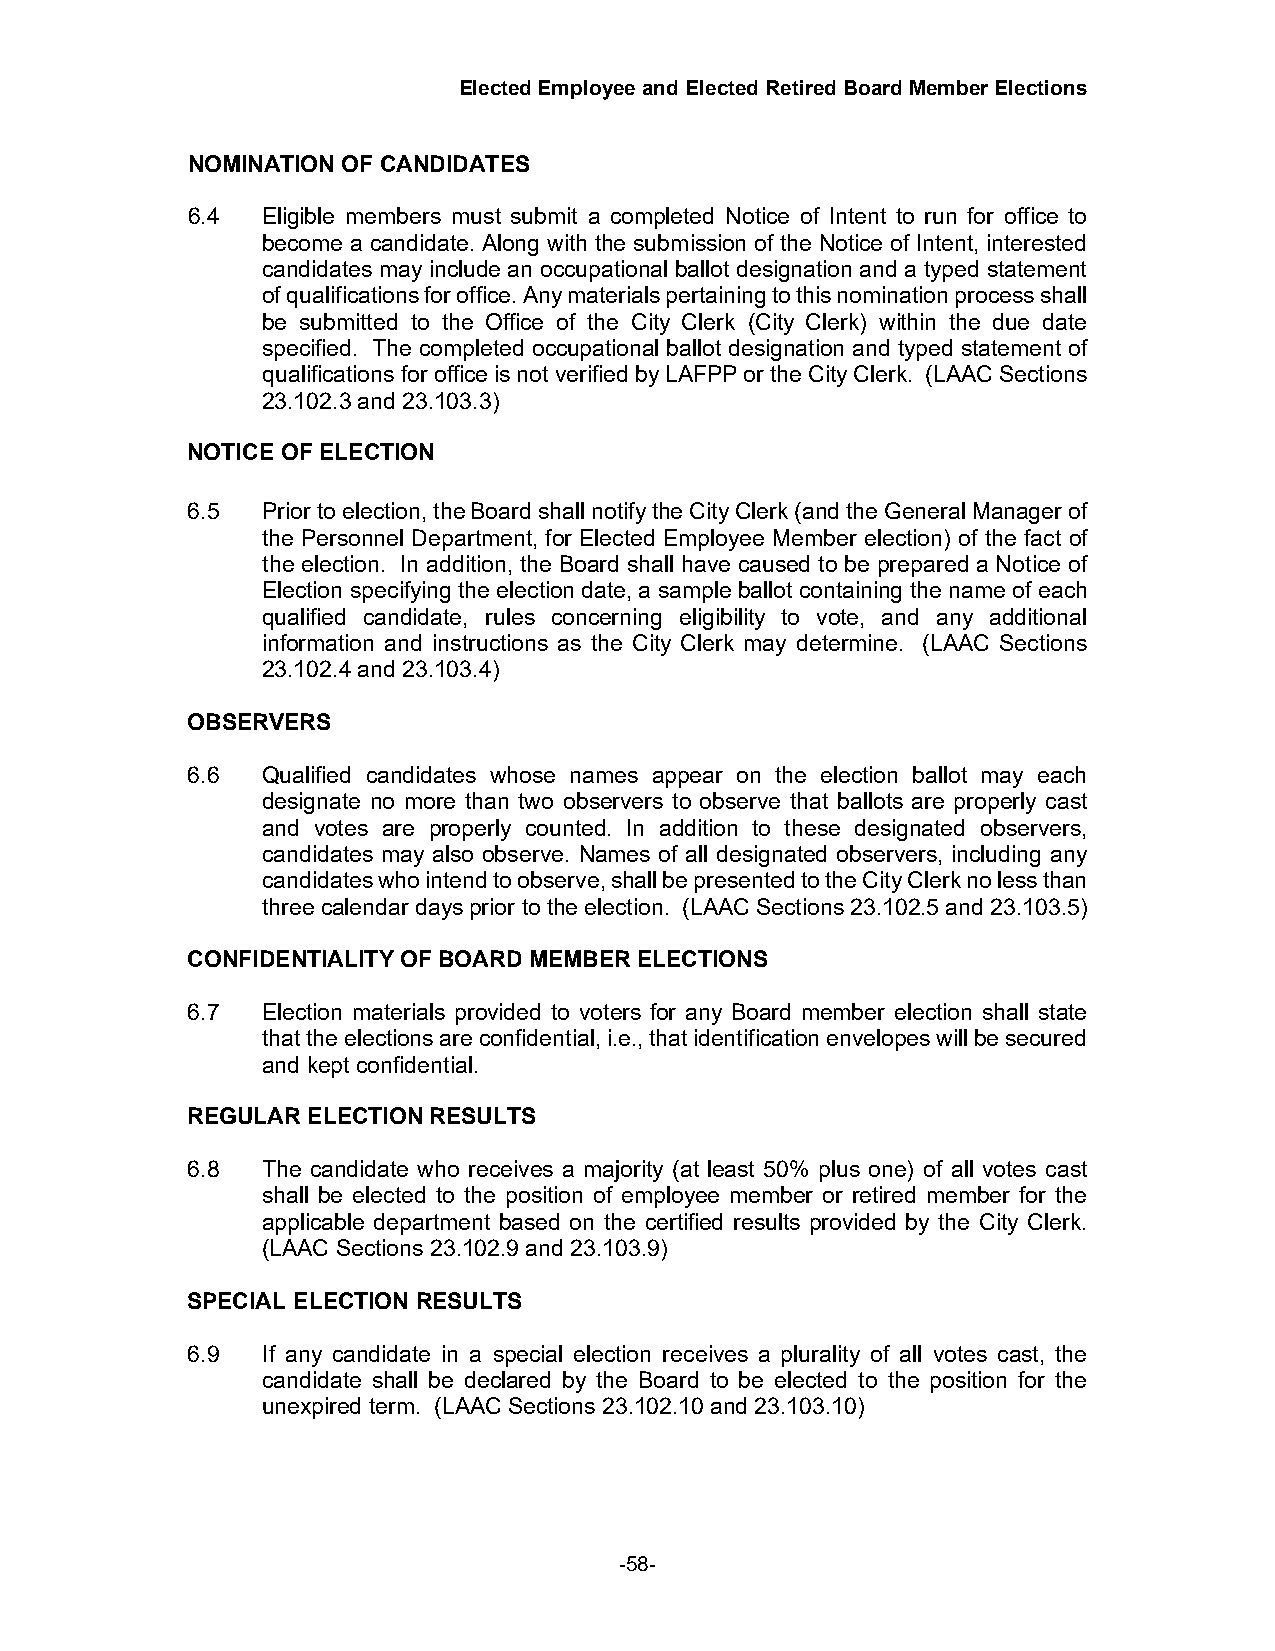
Elected Employee and Elected Retired Board Member Elections
 NOMINATION OF CANDIDATES
 6.4  Eligible members must submit a completed Notice of Intent to run for office to
 become a candidate. Along with the submission of the Notice of Intent, interested
 candidates may include an occupational ballot designation and a typed statement
 of qualifications for office. Any materials pertaining to this nomination process shall
 be submitted to the Office of the City Clerk (City Clerk) within the due date
 specified. The completed occupational ballot designation and typed statement of
 qualifications for office is not verified by LAFPP or the City Clerk. (LAAC Sections
 23.102.3 and 23.103.3)
 NOTICE OF ELECTION
 6.5  Prior to election, the Board shall notify the City Clerk (and the General Manager of
 the Personnel Department, for Elected Employee Member election) of the fact of
 the election. In addition, the Board shall have caused to be prepared a Notice of
 Election specifying the election date, a sample ballot containing the name of each
 qualified candidate, rules concerning eligibility to vote, and any additional
 information and instructions as the City Clerk may determine. (LAAC Sections
 23.102.4 and 23.103.4)
 OBSERVERS
 6.6  Qualified candidates whose names appear on the election ballot may each
 designate no more than two observers to observe that ballots are properly cast
 and votes are properly counted. In addition to these designated observers,
 candidates may also observe. Names of all designated observers, including any
 candidates who intend to observe, shall be presented to the City Clerk no less than
 three calendar days prior to the election. (LAAC Sections 23.102.5 and 23.103.5)
 CONFIDENTIALITY OF BOARD MEMBER ELECTIONS
 6.7  Election materials provided to voters for any Board member election shall state
 that the elections are confidential, i.e., that identification envelopes will be secured
 and kept confidential.
 REGULAR ELECTION RESULTS
 6.8  The candidate who receives a majority (at least 50% plus one) of all votes cast
 shall be elected to the position of employee member or retired member for the
 applicable department based on the certified results provided by the City Clerk.
 (LAAC Sections 23.102.9 and 23.103.9)
 SPECIAL ELECTION RESULTS
 6.9  If any candidate in a special election receives a plurality of all votes cast, the
 candidate shall be declared by the Board to be elected to the position for the
 unexpired term. (LAAC Sections 23.102.10 and 23.103.10)
 -58-